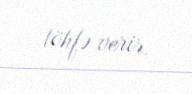
töhfə verir.